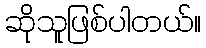
ဆိုသူဖြစ်ပါတယ်။